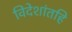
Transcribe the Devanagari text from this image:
विदेशांतहि